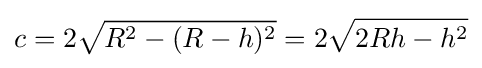
c=2{\sqrt {R^{2}-(R-h)^{2}}}=2{\sqrt {2Rh-h^{2}}}